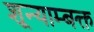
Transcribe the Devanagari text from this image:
शून्याम्बक्त